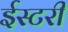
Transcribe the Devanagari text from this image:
ईस्टरी